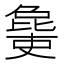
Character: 𣬒